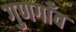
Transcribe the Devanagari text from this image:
गुणगाँव